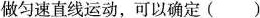
做匀速直线运动，可以确定()